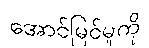
အောင်မြင်မှုကို